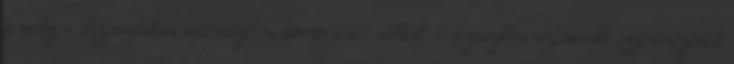
a mélyen, bizonytalan sötétségben, kórtörténet nélküli betegségben szenvedő egyéniségének